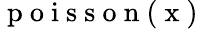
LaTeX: \mathrm{~p~o~i~s~s~o~n~(~x~)~}